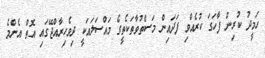
ހަމީދު ކުރިން ފާހަގަ ކުރެއްވި ފަދައިން މަސްތުވާތަކެތީގެ މައްސަލައަކީ ދިވެހިރާއްޖޭގައި އޮތް އެންމެ